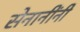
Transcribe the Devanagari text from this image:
सेनानींनी